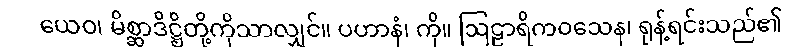
ယေဝ၊ မိစ္ဆာဒိဋ္ဌိတို့ကိုသာလျှင်။ ပဟာနံ၊ ကို။ ဩဠာရိကဝသေန၊ ရုန့်ရင်းသည်၏